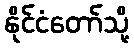
နိုင်ငံတော်သို့